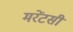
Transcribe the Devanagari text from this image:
मरेंटसी